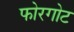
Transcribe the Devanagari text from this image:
फोरगोट